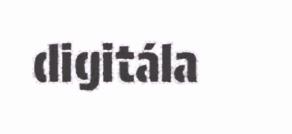
digitála